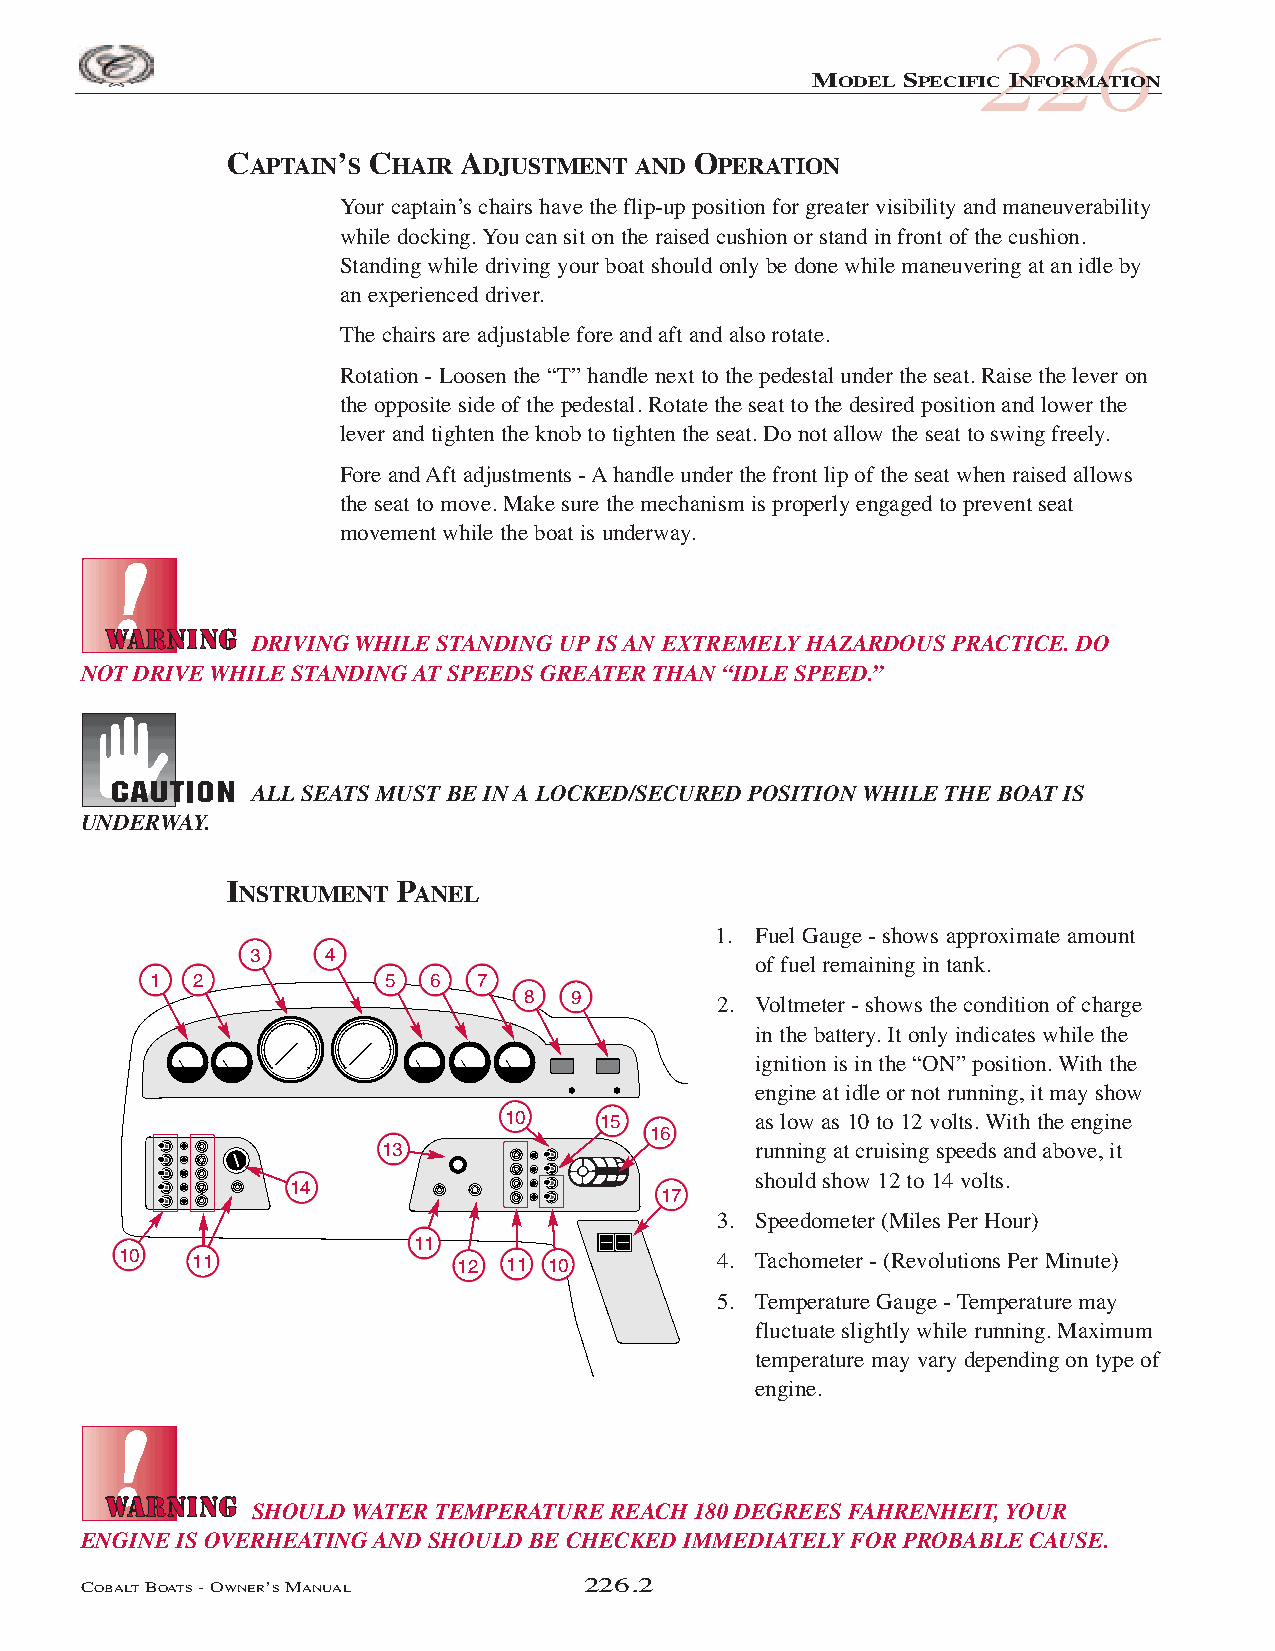
226
 MODEL SPECIFIC INFORMATION
 CAPTAIN’S CHAIR ADJUSTMENT AND OPERATION
 Your captain’s chairs have the flip-up position for greater visibility and maneuverability
 while docking. You can sit on the raised cushion or stand in front of the cushion.
 Standing while driving your boat should only be done while maneuvering at an idle by
 an experienced driver.
 The chairs are adjustable fore and aft and also rotate.
 Rotation - Loosen the “T” handle next to the pedestal under the seat. Raise the lever on
 the opposite side of the pedestal. Rotate the seat to the desired position and lower the
 lever and tighten the knob to tighten the seat. Do not allow the seat to swing freely.
 Fore and Aft adjustments - Ahandle under the front lip of the seat when raised allows
 the seat to move. Make sure the mechanism is properly engaged to prevent seat
 movement while the boat is underway.
 DRIVING WHILE STANDING UP IS AN EXTREMELY HAZARDOUS PRACTICE. DO
 NOT DRIVE WHILE STANDING AT SPEEDS GREATER THAN “IDLE SPEED.”
 ALL SEATS MUST BE IN A LOCKED/SECURED POSITION WHILE THE BOAT IS
 UNDERWAY.
 INSTRUMENT PANEL
 1. Fuel Gauge - shows approximate amount
 3    4
 of fuel remaining in tank.
 1  2            5 6   7
 8  9        2. Voltmeter - shows the condition of charge
 in the battery. It only indicates while the
 ignition is in the “ON” position. With the
 engine at idle or not running, it may show
 10     15        as low as 10 to 12 volts. With the engine
 16
 13                       running at cruising speeds and above, it
 should show 12 to 14 volts.
 14
 17
 3. Speedometer (Miles Per Hour)
 11
 10   11               12  11 10        4. Tachometer - (Revolutions Per Minute)
 5. Temperature Gauge - Temperature may
 fluctuate slightly while running. Maximum
 temperature may vary depending on type of
 engine.
 SHOULD WATER TEMPERATURE REACH 180 DEGREES FAHRENHEIT, YOUR
 ENGINE IS OVERHEATING AND SHOULD BE CHECKED IMMEDIATELY FOR PROBABLE CAUSE.
 COBALTBOATS- OWNER’SMANUAL        226.2